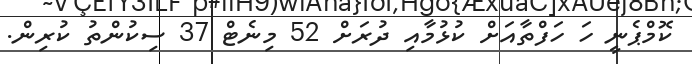
ކޮމްޕެނީ ހަ ހަފްތާއަށް ކުޅުމާއި ދުރަށް 52 މިނެޓް 37 ސިކުންތު ކުރިން.